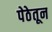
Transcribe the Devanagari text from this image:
पेठेतून